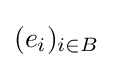
(e_{i})_{i\in B}